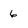
Character: 6